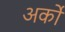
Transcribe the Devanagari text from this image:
अर्कों